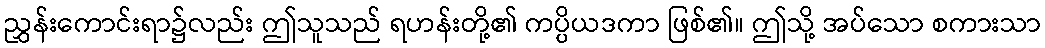
ညွှန်းကောင်းရာ၌လည်း ဤသူသည် ရဟန်းတို့၏ ကပ္ပိယဒကာ ဖြစ်၏။ ဤသို့ အပ်သော စကားသာ